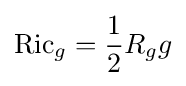
\operatorname {Ric} _{g}={\frac {1}{2}}R_{g}g